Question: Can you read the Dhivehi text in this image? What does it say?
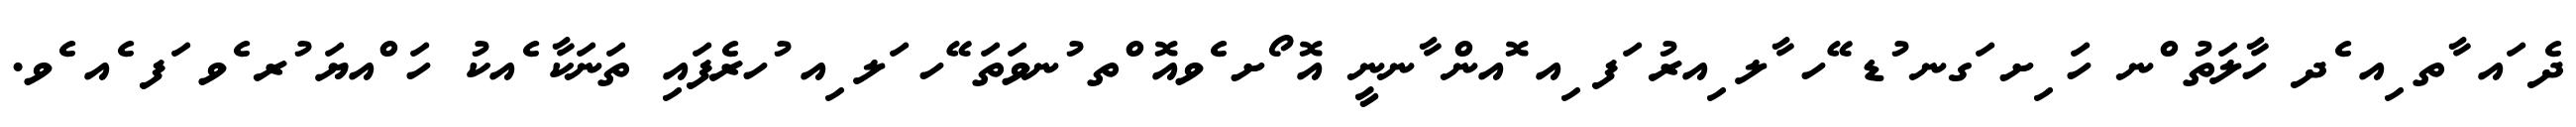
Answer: ދެ ައ ާތ ިއ ެދ ހާލަތު ްނ ހަ ިށ ަގނ ުޑ ޭހ ާލ ިއރު ަފ ިއ ޮއން ާނނީ އޮ ޯށ ެވއޮ ްތ ުނވަތަ ޭހ ަލ ިއ ުހރެފައި ތަނަކާ ެއކު ހަ ްއޔަ ުރ ެވ ަފ ެއ ެވ.